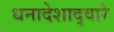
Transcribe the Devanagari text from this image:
धनादेशाद्वारे